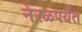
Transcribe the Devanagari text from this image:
नेरळपर्यंत